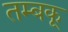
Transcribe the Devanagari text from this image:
तम्बकू